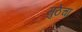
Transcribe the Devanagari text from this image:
मुठेचा